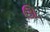
ઊ